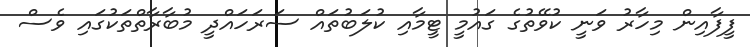
ފީފާއިން މިހާރު ވަނީ ކުވޭތުގެ ގައުމީ ޓީމާއި ކުލަބުތައް ސަރަހައްދީ މުބާރާތްތަކުގައި ވެސް